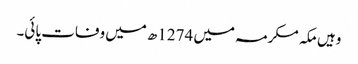
وہیں مکہ مکرمہ میں 1274ھ میں وفات پائی۔